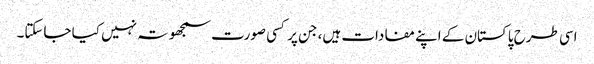
اسی طرح پاکستان کے اپنے مفادات ہیں، جن پر کسی صورت سمجھوتہ نہیں کیا جاسکتا۔